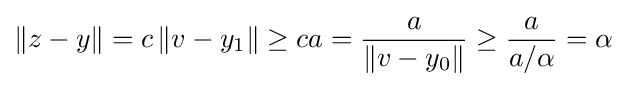
\|z-y\|=c\left\|v-y_{1}\right\|\geq ca={\frac {a}{\left\|v-y_{0}\right\|}}\geq {\frac {a}{a/\alpha }}=\alpha